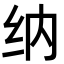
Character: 纳